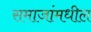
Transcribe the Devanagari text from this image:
समाजांमधील